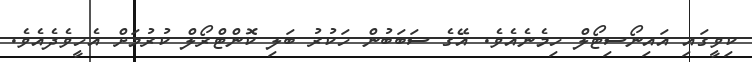
ކިވީގައި އައިނޯސިޓޯލް ހިމެނެއެވެ. އޭގެ ސަބަބުން ހަކުރު ބަލި ކޮންޓްރޯލް ކުރުމަށް އެހީވެދެއެވެ.